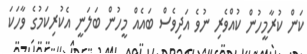
ކަން ކުރާމީހުން ކުއްވެރި ނުވެ އަދިވެސް ބައެއް މީހުން ބަލަނީ އެކުރިކަމުގެ ވާހަކަ